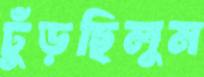
ঢুঁড়ছিলুম